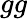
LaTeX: gg